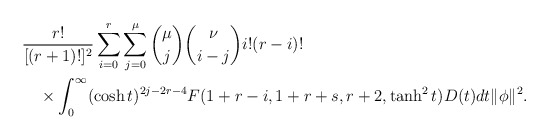
\begin{align*}&\frac{r!}{[(r+1)!]^2}\sum^r_{i=0}\sum^\mu_{j=0} {\mu\choose j}{\nu\choose i-j}i!(r-i)!\\&\quad\times \int^\infty_0(\cosh t)^{2j-2r-4}F(1+r-i,1+r+s,r+2, \tanh^2 t)D(t)dt \|\phi\|^2.\end{align*}